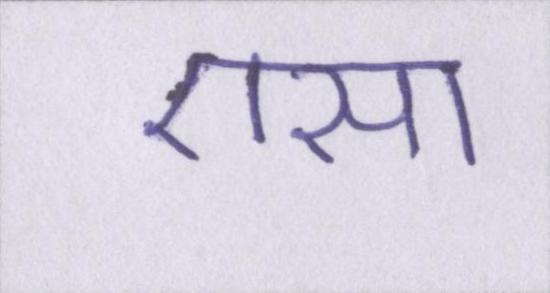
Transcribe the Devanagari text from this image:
एसा